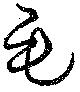
毛